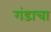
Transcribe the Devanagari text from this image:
गंडाचा